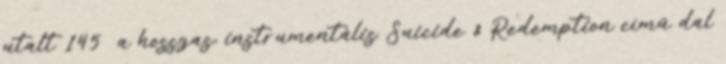
utalt 145 a hosszas, instrumentális Suicide & Redemption című dal